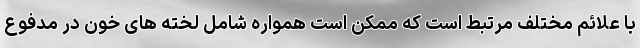
با علائم مختلف مرتبط است که ممکن است همواره شامل لخته های خون در مدفوع